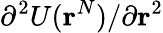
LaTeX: \partial^{2}U(\textbf{r}^{N})/\partial\textbf{r}^{2}